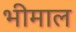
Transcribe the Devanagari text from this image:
भीमाल